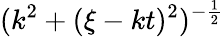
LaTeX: (k^{2}+(\xi-kt)^{2})^{-\frac 12}